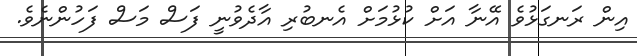
އިން ރަނގަޅުވެ އޭނާ އަށް ކުޅުމަށް އެނބުރި އާދެވުނީ ފަސް މަސް ފަހުންނެވެ.